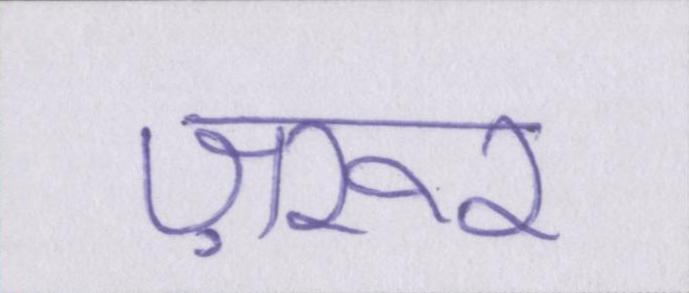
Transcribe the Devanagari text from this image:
ज़रूर